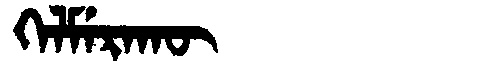
Manchu: ᡴᡝᠯᠮᡝᡵᠠᡴᡡ
Romanization: KELMERAKŪ